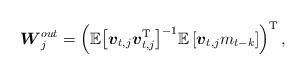
LaTeX: \begin{align*}\setlength{\abovedisplayskip}{5 pt}\setlength{\belowdisplayskip}{5 pt}{\boldsymbol{W}_j^{out}} =\left(\mathbb{E}{\left[ {\boldsymbol{v}_{t,j}{\boldsymbol{v}_{t,j}^{\rm T}}}\right]^{ - 1}}\mathbb{E}\left[ {\boldsymbol{v}_{t,j}m_{t - k} } \right]\right)^{\rm T},\end{align*}